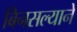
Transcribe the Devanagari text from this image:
बिनसल्याने